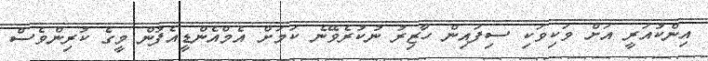
އިންކުއަރީ އަށް ވަކިވަކި ސިފައިން ހާޒިރު ނުކުރެވޭނެ ކަމަށް އެމްއެންޑީއެފުން މީގެ ކުރިންވެސް